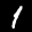
Label: 1